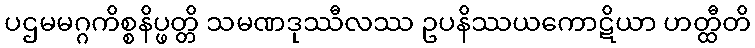
ပဌမမဂ္ဂကိစ္စနိပ္ဖတ္တိ သမဏဒုဿီလဿ ဥပနိဿယကောဋိယာ ဟတ္ထီတိ